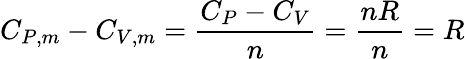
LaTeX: C_{P,m}-C_{V,m}={\frac{C_{P}-C_{V}}{n}}={\frac{nR}{n}}=R